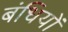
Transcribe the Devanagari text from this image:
बंधियों